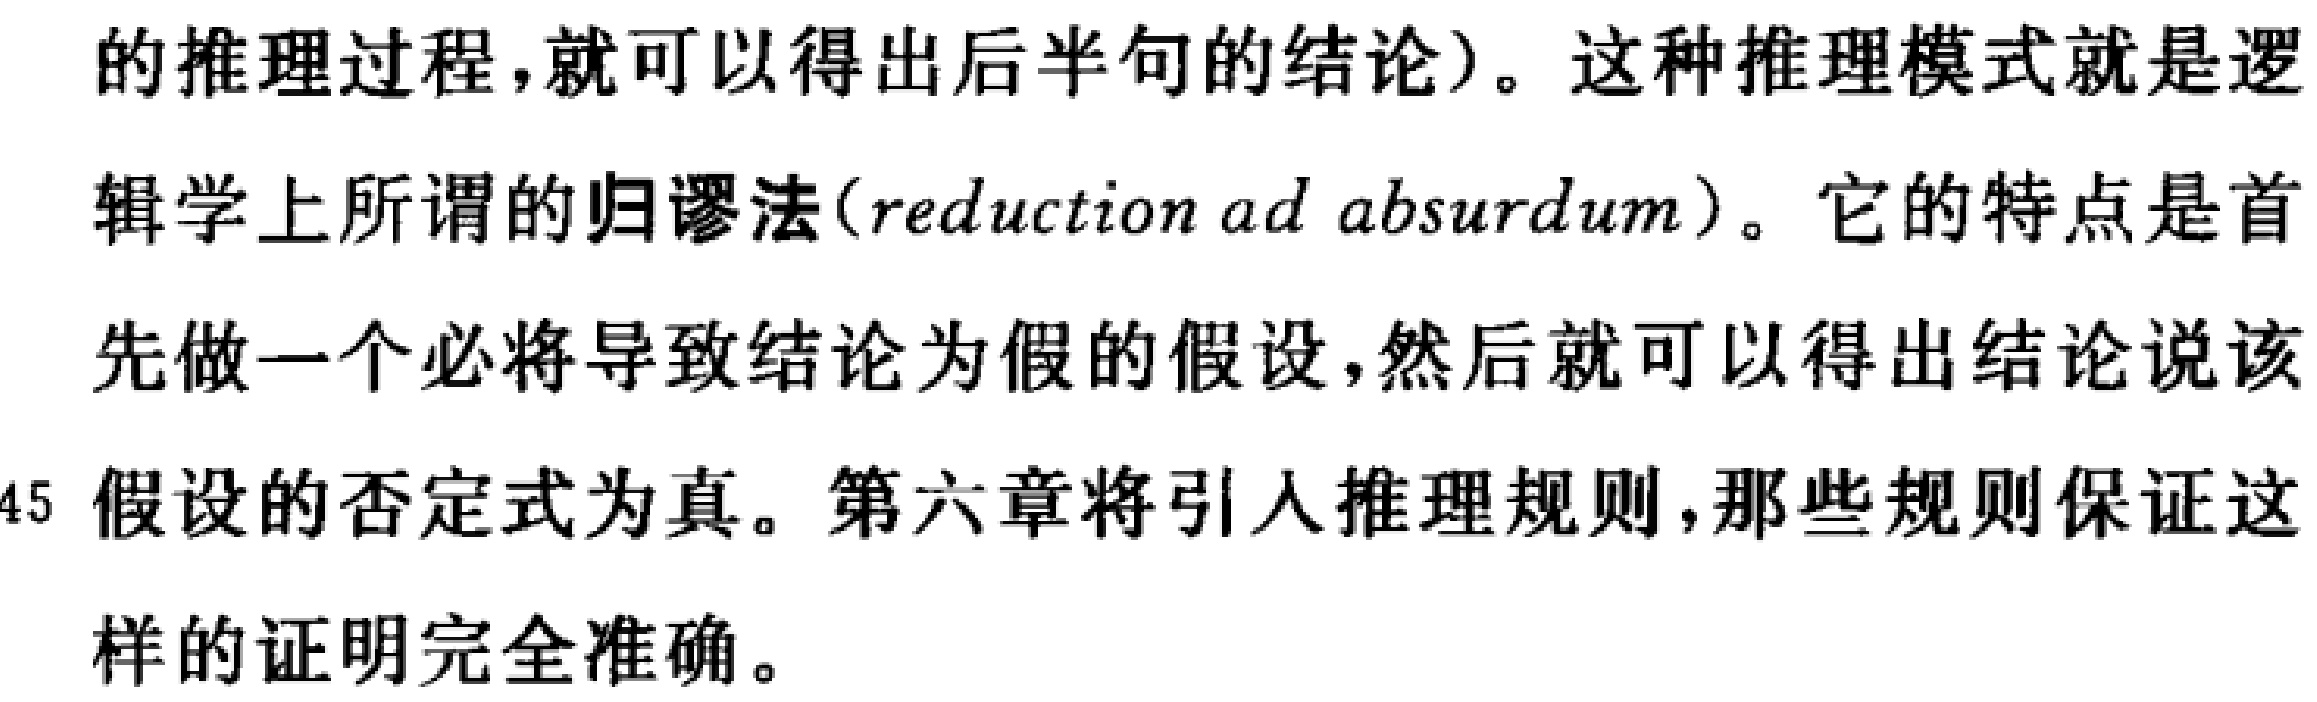
的推理过程,就可以得出后半句的结论）。这种推理模式就是逻辑学上所谓的归谬法(reduction ad absurdum)。它的特点是首先做一个必将导致结论为假的假设,然后就可以得出结论说该假设的否定式为真。第六章将引入推理规则,那些规则保证这样的证明完全准确。